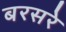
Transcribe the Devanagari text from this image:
बरसरे